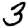
Digit: 3